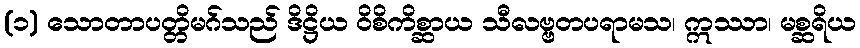
(၁) သောတာပတ္တိမဂ်သည် ဒိဋ္ဌိယ ဝိစိကိစ္ဆာယ သီလဗ္ဗတပရာမသ၊ ဣဿာ၊ မစ္ဆရိယ